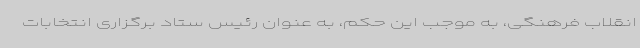
انقلاب فرهنگی، به موجب این حکم، به عنوان رئیس ستاد برگزاری انتخابات